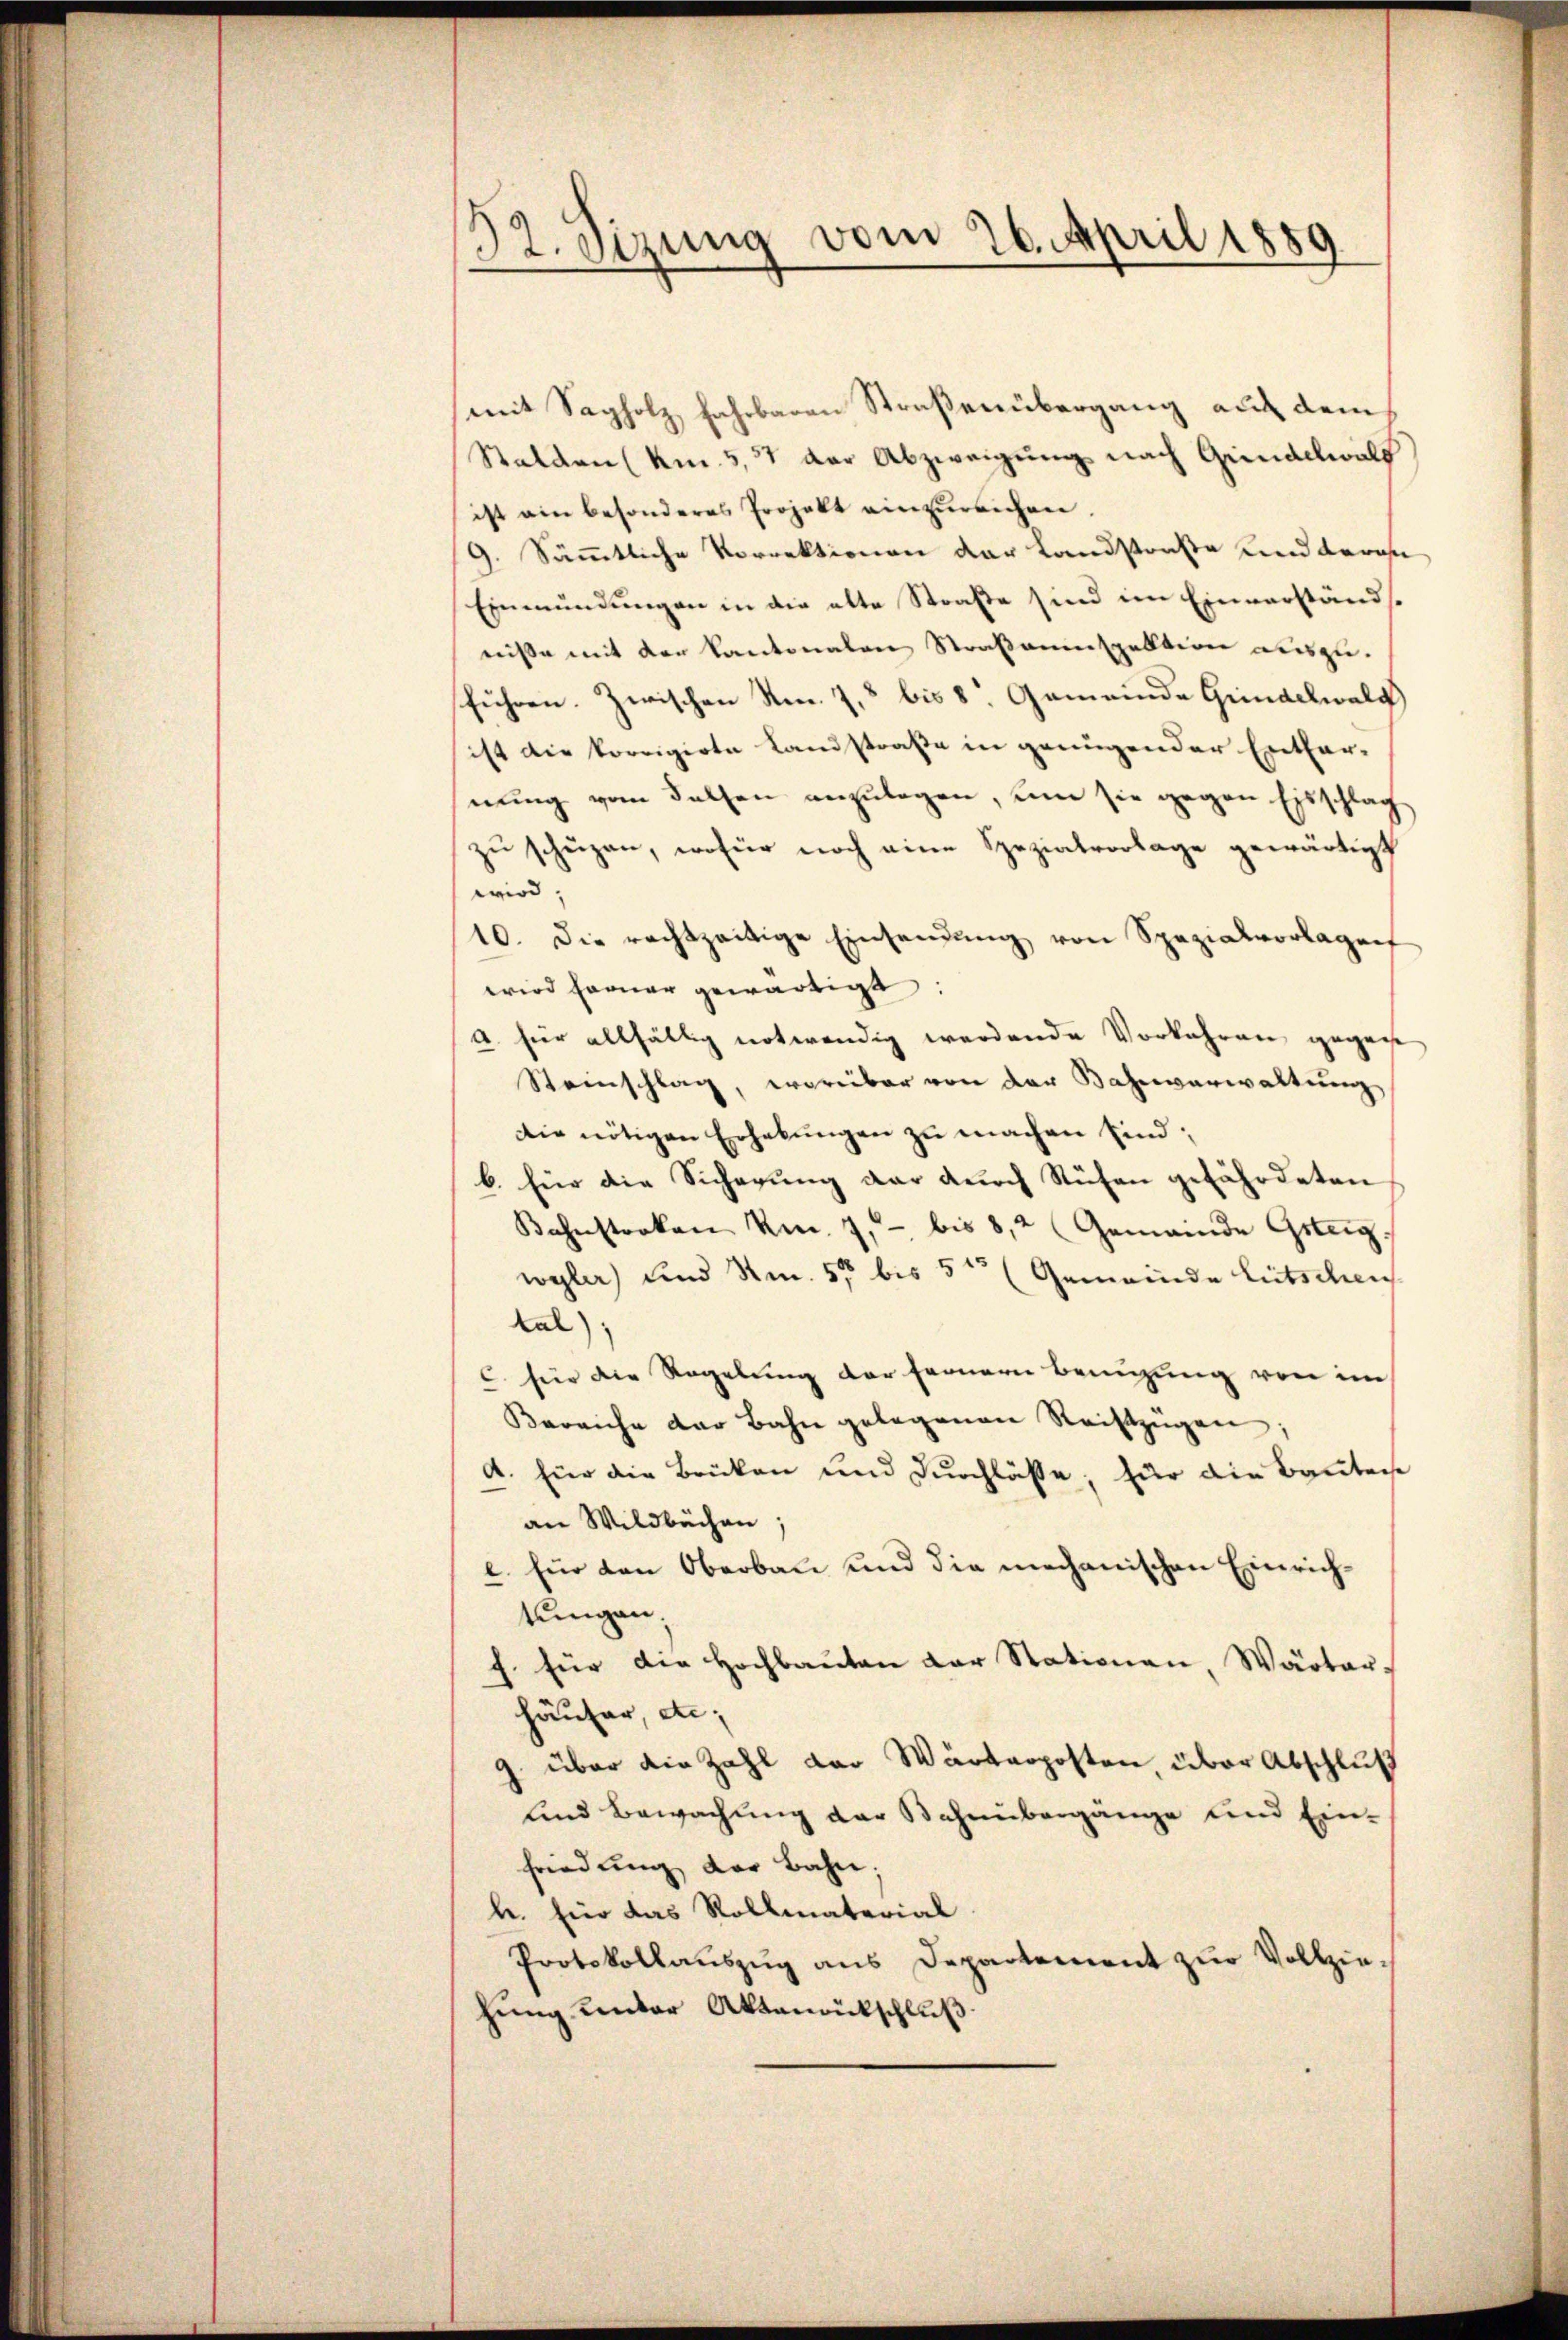
32. Sizung vom 26. April 1889

mit Sagholz fahrbaren Straßenübergang auf dem
Stalden (km. 5, 51 der Abzweigung nach Grindelwald
ist ain besonderes Projekt einzureichen.
9. Sämmtliche Vorrektionen der Landstraße und daran
Einmündungen in die alte Straße sind im Einverständsnisse mit der Kantonalen Straßeninspektion auszusführen. Zwischen Nr. 78 bis 8. Gemeinde Grindelwald
ist die korrigirte Landstraße in genügender Entfar-
nung vom Felsen anzulegen, um sie gegen Eisschlag
zŭ schüzen, wofür noch eine Spezialvorlage gewärtigt
wird,
10. die rechtzeitige Einsendŭng von Spezialvorlagenf
wird ferner gewärtigt.
a. für allfällig notwendig werdende Vorkehren gegene
Steinschlag, worüber von der Bahnverwaltŭng
Die nötigen Erhebungen zu machen sind;
b. für die Sicherŭng der dŭrch Rüfen gefährdeten
Bahnstocken kn. 7, bis 8,2 Gemeinde Gsteig.
wyler) und No. 55 bis 5te (Gemeinde Litschens
Kal)
C. für die Regelung der Fernern Benutzung von im
Bereiche der Bahn gelegenen Reiftzügen
A. für die Brüken und Dŭrchläße; für die Bautene
an Wildbachen;
l. für den Oberbau und die mechanischen Einrichtungen.
f. für die Hochbaŭten der Stationen, Wärter-
häuser, etc;
9 über die Zahl der Wärterposten, über Abschluß
und Bewachung der Bahnübergänge und Ein-
friedung der Bahn.
h. für das Rollmaterial
Protokollaŭszŭg ans Departement zŭr Vollziehung unter Aktenrückschluß